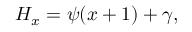
H _ { x } = \psi ( x + 1 ) + \gamma ,